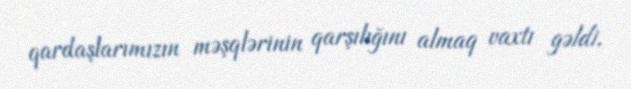
qardaşlarımızın məşqlərinin qarşılığını almaq vaxtı gəldi.